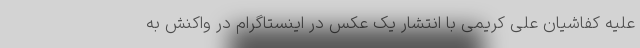
علیه کفاشیان علی کریمی با انتشار یک عکس در اینستاگرام در واکنش به